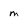
Character: m